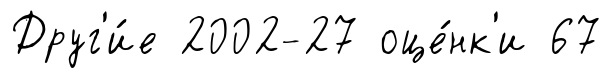
Друг'и́е 2002-27 оце́нк'и 67